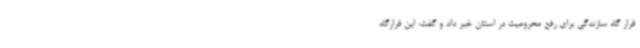
قرار گاه سازندگی برای رفع محرومیت در استان خبر داد و گفت: این قرارگاه